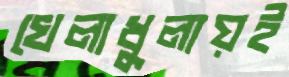
খেলাধুলায়ই